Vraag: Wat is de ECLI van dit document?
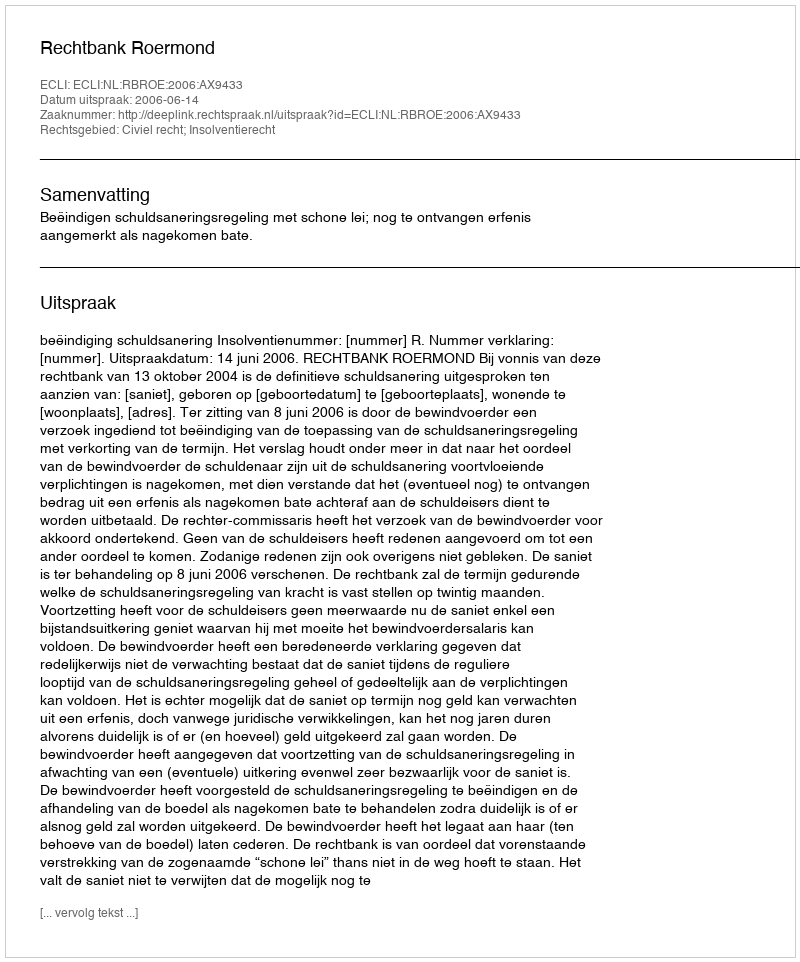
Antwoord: ECLI:NL:RBROE:2006:AX9433